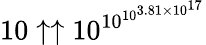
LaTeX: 10\uparrow\uparrow 10^{\, \! 10^{10^{3.81\times 10^{17}}}}